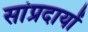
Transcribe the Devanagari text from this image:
सांप्रदायों